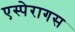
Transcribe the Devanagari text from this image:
एस्पेरागस